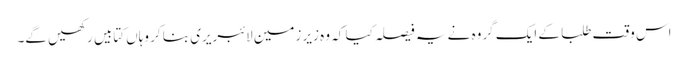
اس وقت طلبا کے ایک گروہ نے یہ فیصلہ کیا کہ وہ زیر زمین لائبریری بنا کر وہاں کتابیں رکھیں گے۔